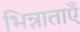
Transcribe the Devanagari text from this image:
भिन्नाताएँ